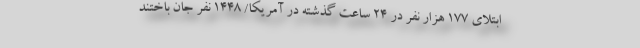
ابتلای ۱۷۷ هزار نفر در ۲۴ ساعت گذشته در آمریکا/ ۱۴۴۸ نفر جان باختند